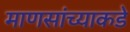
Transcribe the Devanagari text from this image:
माणसांच्याकडे